Scottish Certificate of Education, 1963
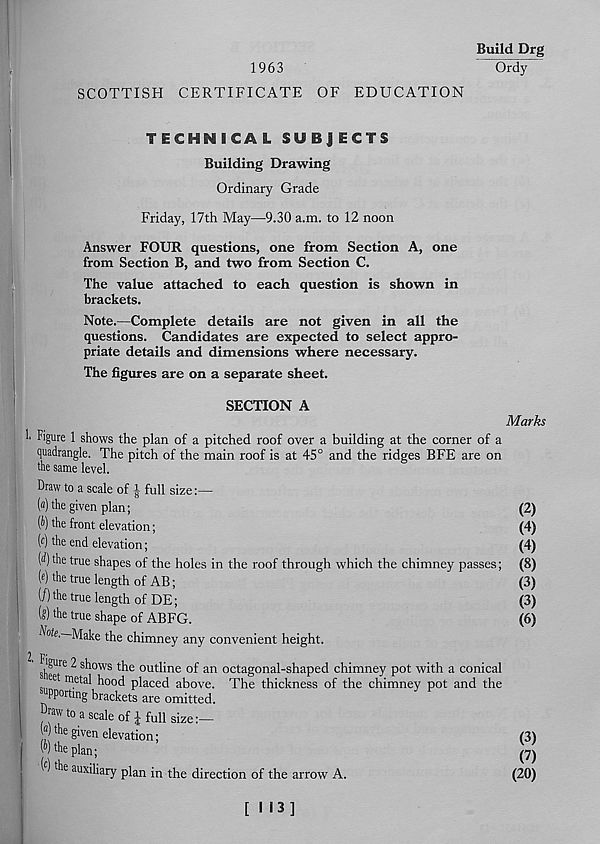
Build Drg
1963
Ordy
SCOTTISH CERTIFICATE OF EDUCATION
TECHNICAL SUBJECTS
Building Drawing
Ordinary Grade
Friday, 17th May—9.30 a.m. to 12 noon
Answer FOUR questions, one from Section A, one
from Section B, and two from Section C.
The value attached to each question is shown in
brackets.
Note.—Complete details are not given in all the
questions. Candidates are expected to select appro-
priate details and dimensions where necessary.
The figures are on a separate sheet.
1,
SECTION A
Marks
Figure 1 shows the plan of a pitched roof over a building at the corner of a
quadrangle. The pitch of the main roof is at 45° and the ridges BFE are on
the same level.
Draw to a scale of | full size:—
[а] the given plan;
(б) the front elevation;
(c) the end elevation;
(d) the true shapes of the holes in the roof through which the chimney passes;
(«) the true length of AB;
(/) the true length of DE;
W the true shape of ABFG.
Note.—Makt the chimney any convenient height.
Figure 2 shows the outline of an octagonal-shaped chimney pot with a conical
ee me tal hood placed above. The thickness of the chimney pot and the
supporting brackets are omitted.
taw to a scale of J full size:—
to‘he given elevation;
the plan;
() the auxiliary plan in the direction of the arrow A.
(2)
(4)
(4)
(8)
(3)
(3)
(6)
(3)
(7)
(20)
[113]